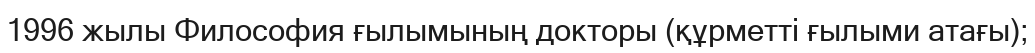
1996 жылы Философия ғылымының докторы (құрметті ғылыми атағы);